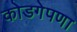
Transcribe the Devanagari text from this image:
कोडगेपणा